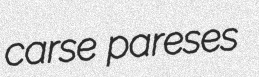
carse pareses